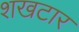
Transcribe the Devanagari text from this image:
शखटार